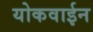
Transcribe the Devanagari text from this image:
योकवाईन